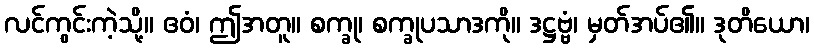
လင်ကွင်းကဲ့သို့။ ဧဝံ၊ ဤအတူ။ စက္ခု၊ စက္ခုပသာဒကို။ ဒဋ္ဌဗ္ဗံ၊ မှတ်အပ်၏။ ဒုတိယော၊